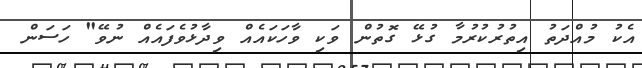
އެކު މުއްދަތު އިތުރުކުރުމާ ގުޅޭ ގޮތުން ވަކި ވާހަކައެއް ވިދާޅުވެފައެއް ނުވޭ" ހަސަން